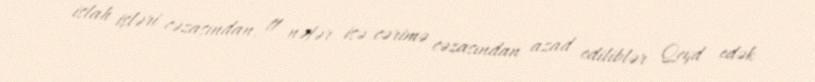
islah işləri cəzasından, 11 nəfər isə cərimə cəzasından azad ediliblər Qeyd edək